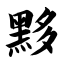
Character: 黟